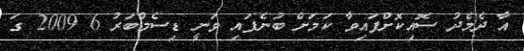
އާ ދެމެދު ސޮއިކޮށްފައިވާ ކަމަށް ބުނެފައި ވަނީ ޑިސެމްބަރު 6 2009 ގަ